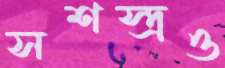
সশস্ত্রও